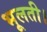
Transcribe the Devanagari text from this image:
भूलती।